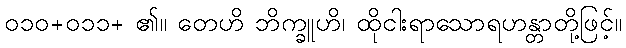
၀၁၀+၀၁၁+ ၏။ တေဟိ ဘိက္ခူဟိ၊ ထိုငါးရာသောရဟန္တာတို့ဖြင့်။